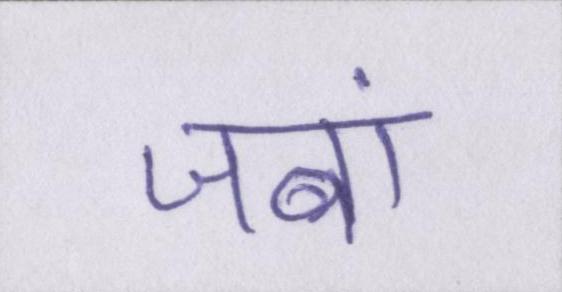
जबां